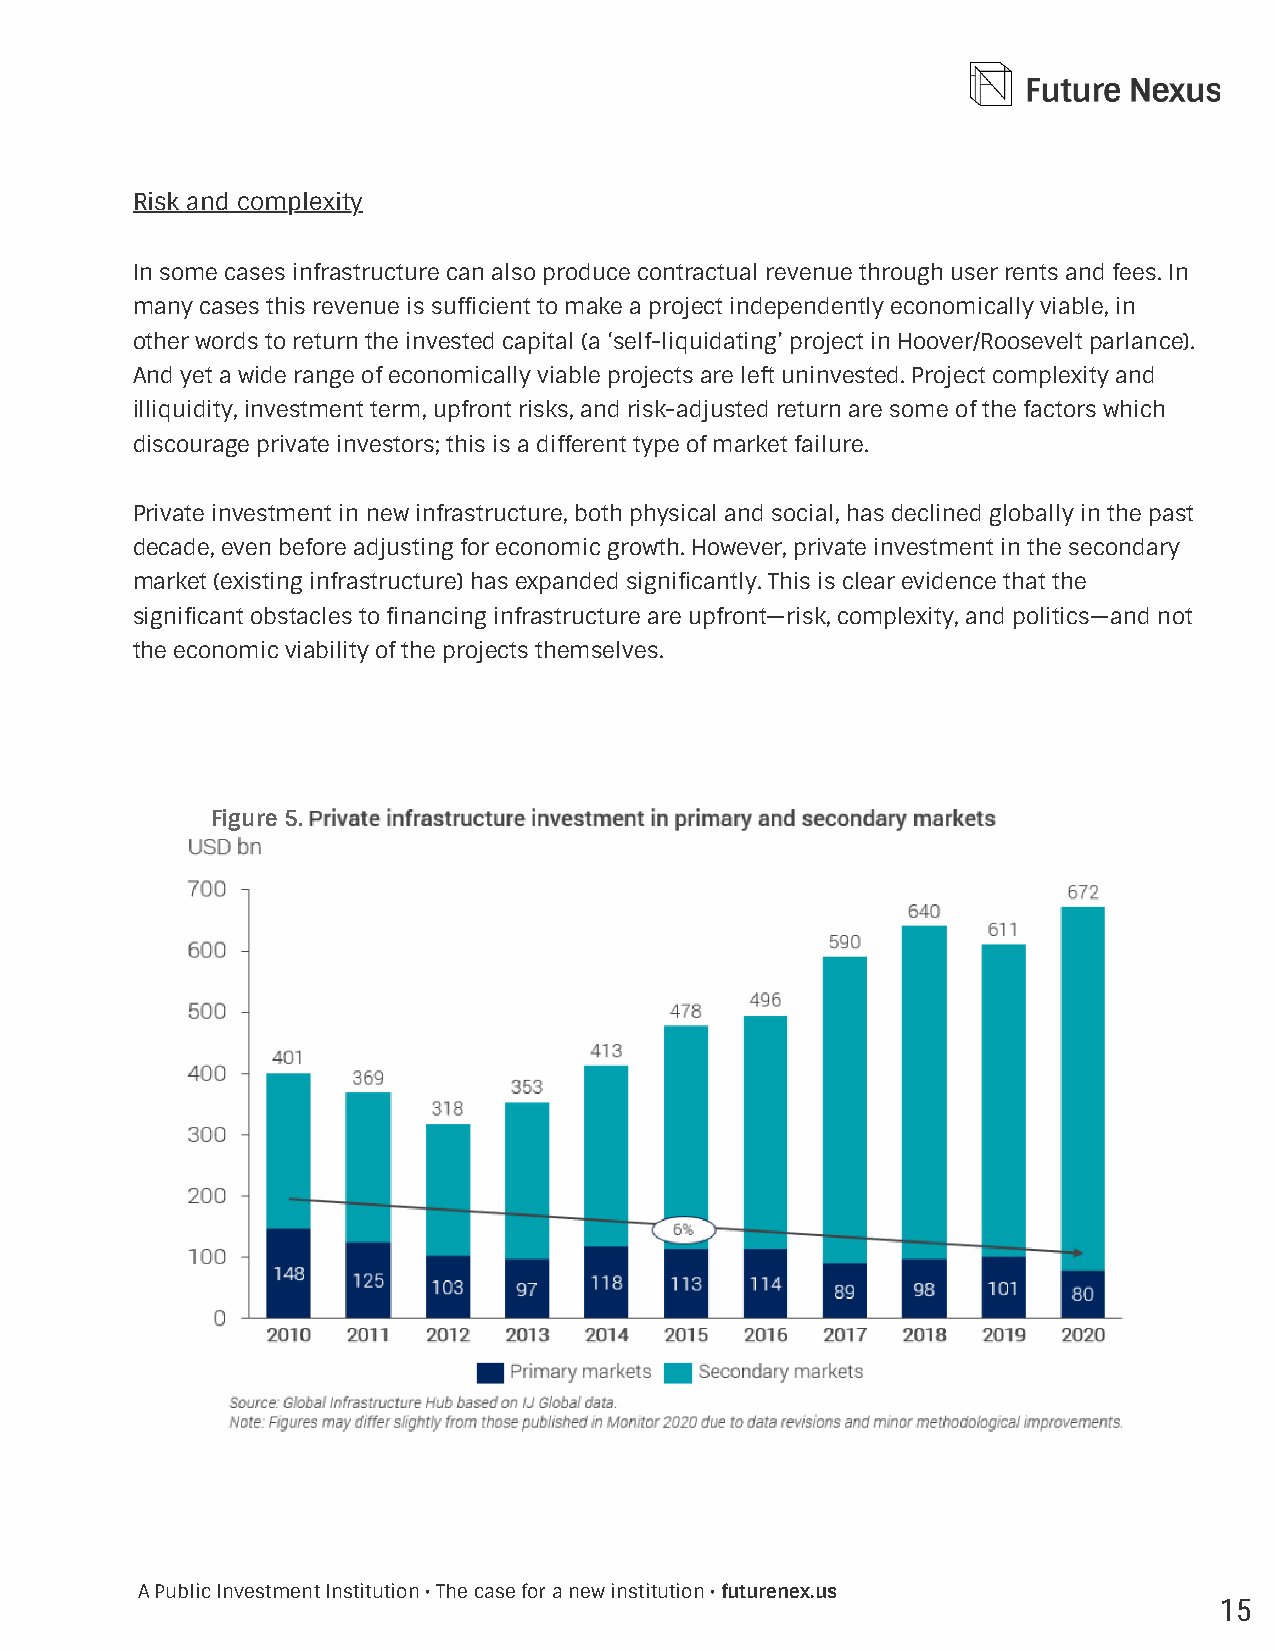
Risk and complexity
 In some cases infrastructure can also produce contractual revenue through user rents and fees. In
 many cases this revenue is sufficient to make a project independently economically viable, in
 other words to return the invested capital (a ‘self-liquidating’ project in Hoover/Roosevelt parlance).
 And yet a wide range of economically viable projects are left uninvested. Project complexity and
 illiquidity, investment term, upfront risks, and risk-adjusted return are some of the factors which
 discourage private investors; this is a different type of market failure.
 Private investment in new infrastructure, both physical and social, has declined globally in the past
 decade, even before adjusting for economic growth. However, private investment in the secondary
 market (existing infrastructure) has expanded significantly. This is clear evidence that the
 significant obstacles to financing infrastructure are upfront—risk, complexity, and politics—and not
 the economic viability of the projects themselves.
 Figure 5.
 A Public Investment Institution • The case for a new institution • futurenex.us
 15